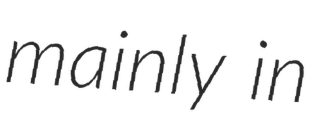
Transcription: mainly in